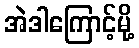
အဲဒါကြောင့်မို့